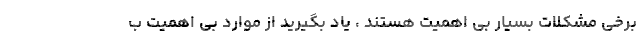
برخی مشکلات بسیار بی اهمیت هستند ، یاد بگیرید از موارد بی اهمیت ب